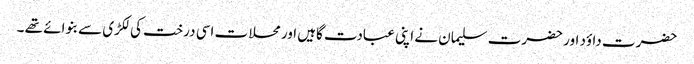
حضرت داؤد اور حضرت سلیمان نے اپنی عبادت گاہیں اور محلات اسی درخت کی لکڑی سے بنوائے تھے ۔